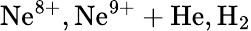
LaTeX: \mathrm{Ne^{8+},Ne^{9+}+He,H_{2}}